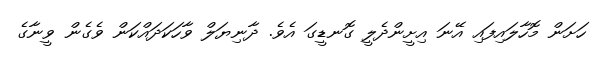
ހަށަން މޮހާލައިފައި އޭނަ އިށީންދެލީ ގޮނޑީގަ އެވެ. ދާނިޔަލް ވާހަކަދައްކަން ވެގެން ވީނާގެ